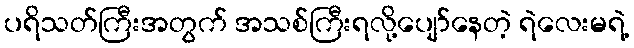
ပရိသတ်ကြီးအတွက် အသစ်ကြီးရလို့ပျော်နေတဲ့ ရဲလေးမရဲ့